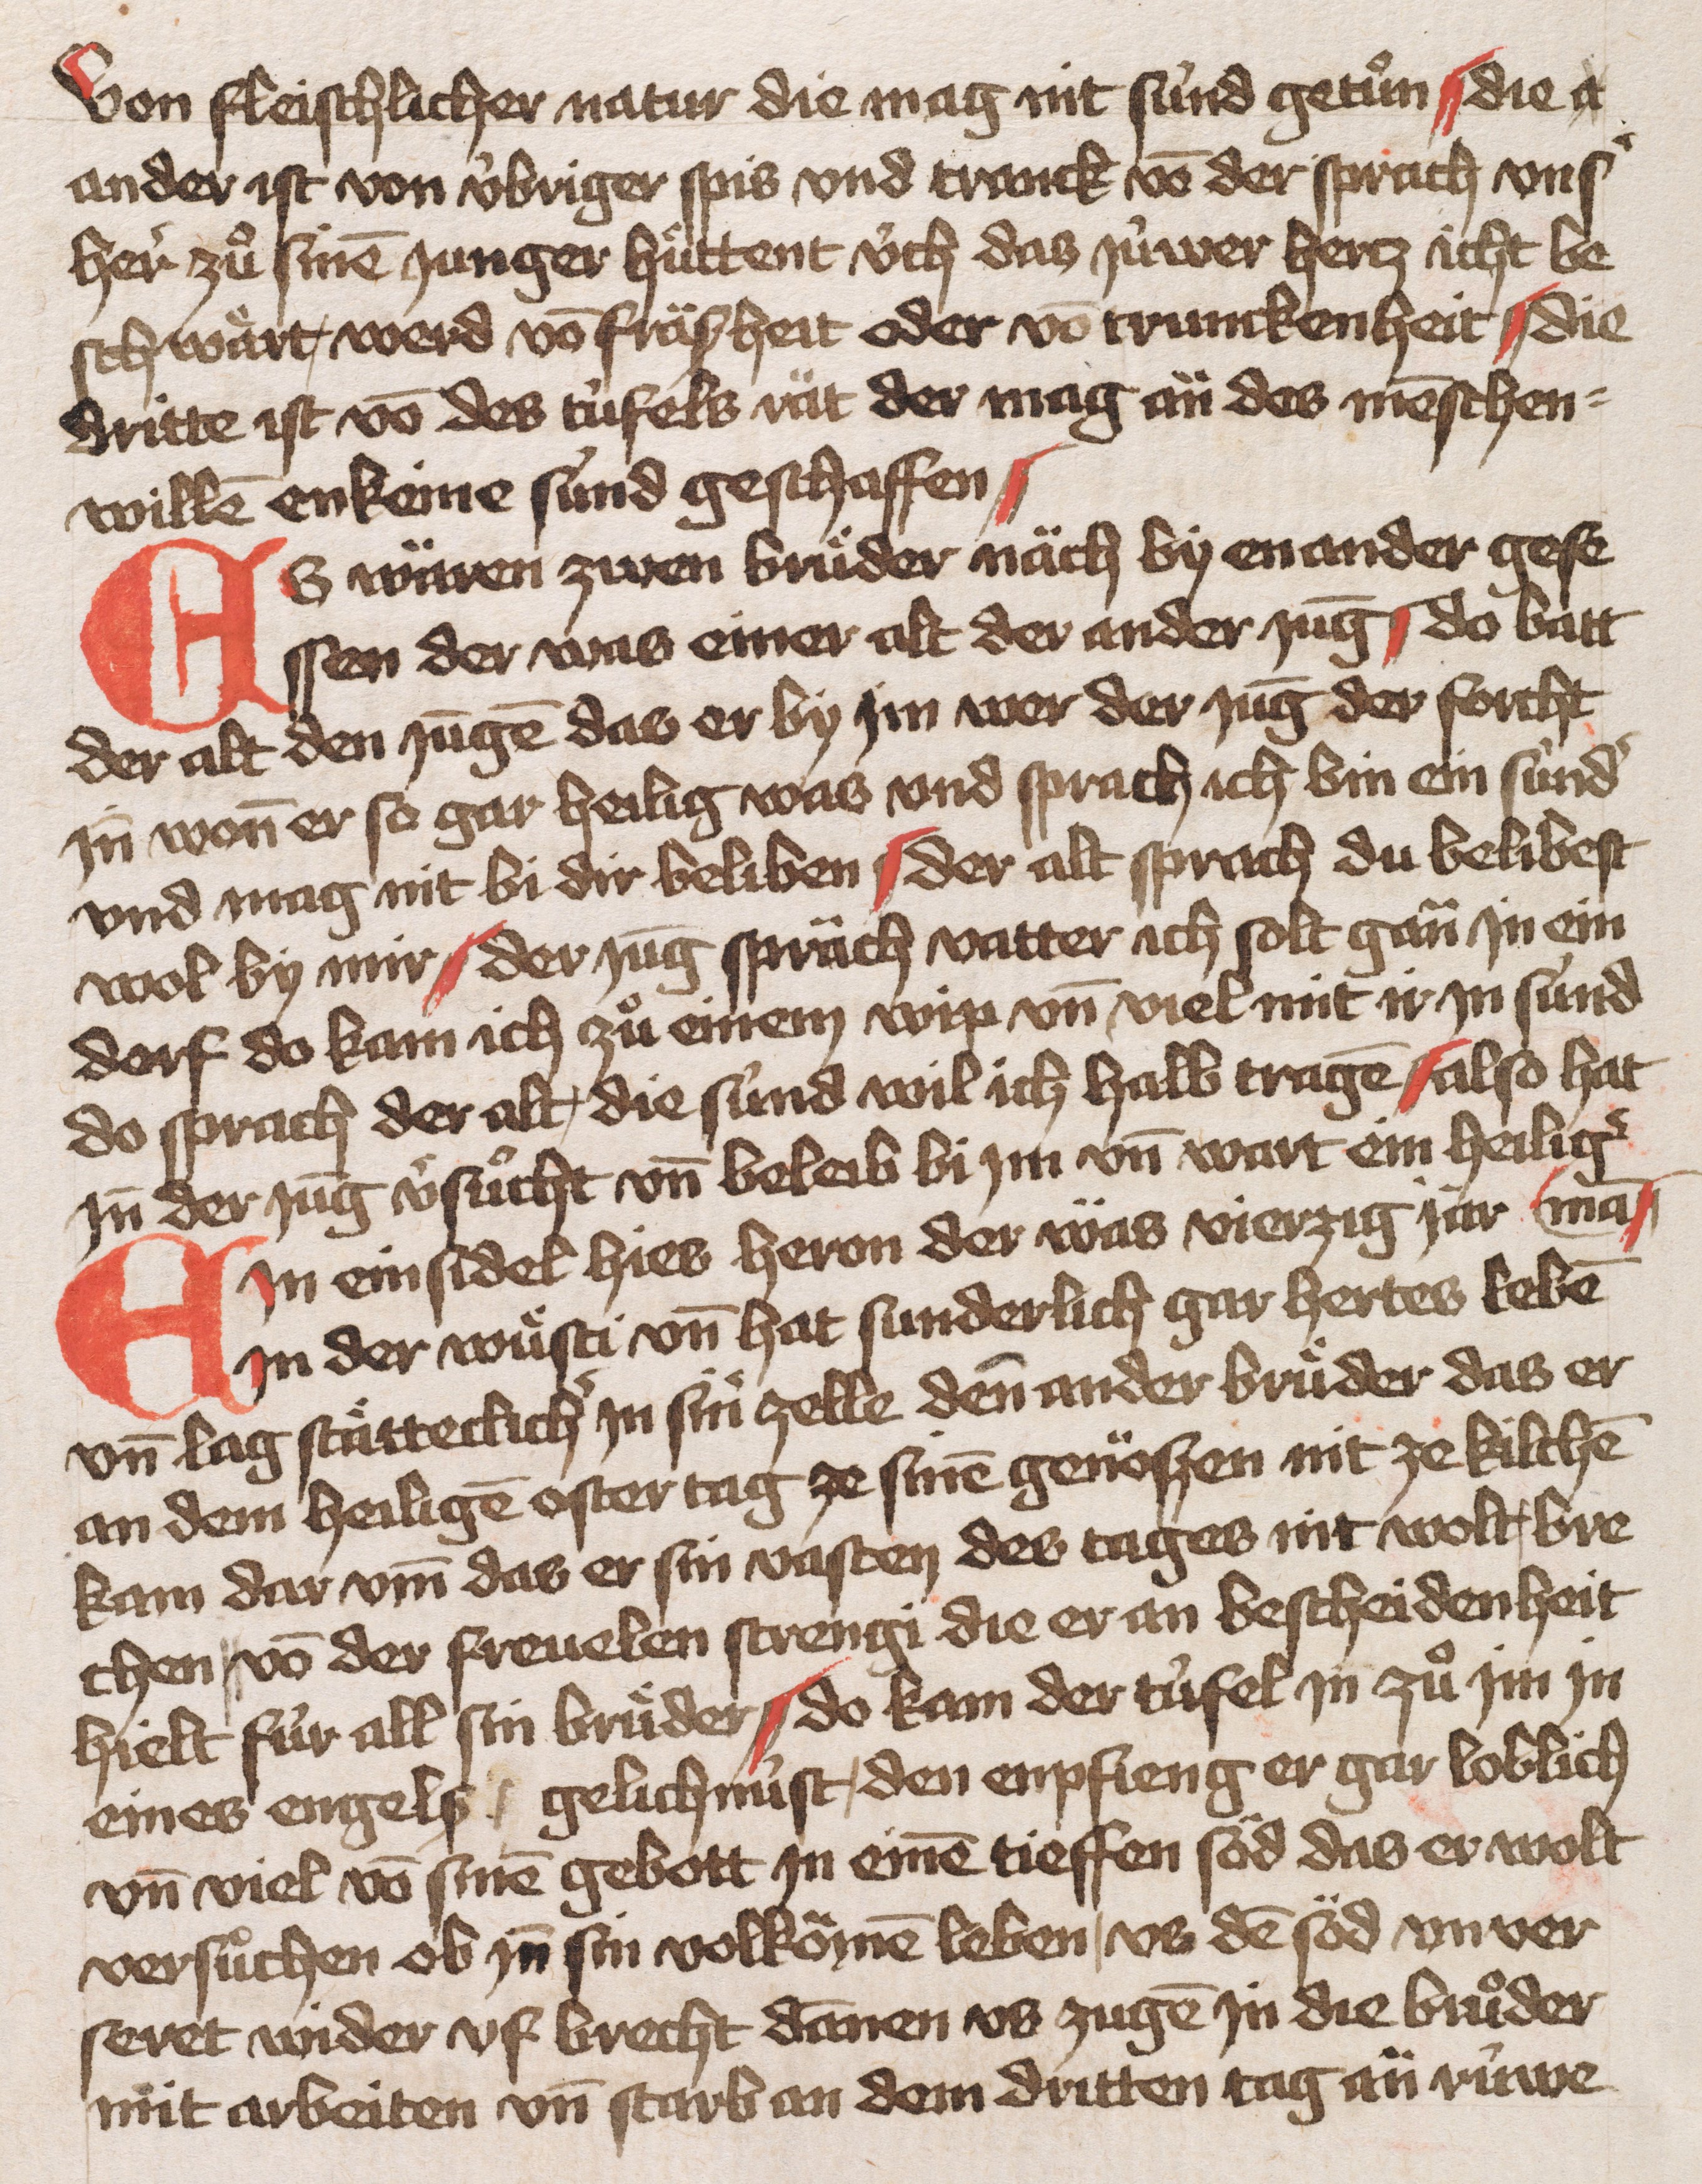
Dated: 1451–1451